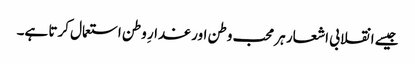
جیسے انقلابی اشعار ہر محب وطن اور غدارِ وطن استعمال کرتا ہے۔